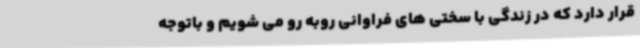
قرار دارد که در زندگی با سختی های فراوانی روبه رو می شویم و باتوجه